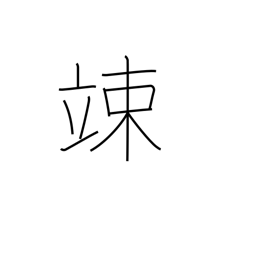
Meaning: cower